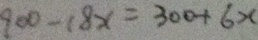
9 0 0 - 1 8 x = 3 0 0 + 6 x